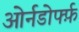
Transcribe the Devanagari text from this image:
ओर्नडोर्फ्फ़